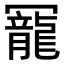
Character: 𠖥